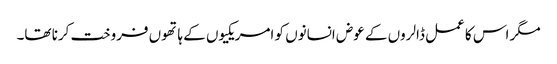
مگر اس کا عمل ڈالروں کے عوض انسانوں کو امریکیوں کے ہاتھوں فروخت کرنا تھا۔